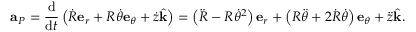
\mathbf { a } _ { P } = { \frac { \mathrm { d } } { { \mathrm { d } } t } } \left( { \dot { R } } \mathbf { e } _ { r } + R { \dot { \theta } } \mathbf { e } _ { \theta } + { \dot { z } } { \hat { \mathbf { k } } } \right) = \left( { \ddot { R } } - R { \dot { \theta } } ^ { 2 } \right) \mathbf { e } _ { r } + \left( R { \ddot { \theta } } + 2 { \dot { R } } { \dot { \theta } } \right) \mathbf { e } _ { \theta } + { \ddot { z } } { \hat { \mathbf { k } } } .